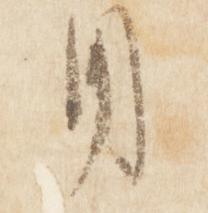
用